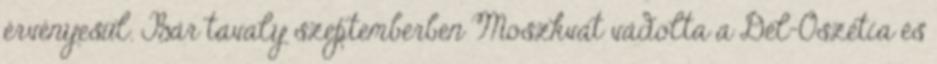
érvényesül. Bár tavaly szeptemberben Moszkvát vádolta a Dél-Oszétia és